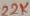
Text: 22K